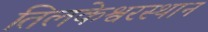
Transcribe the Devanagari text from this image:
तिलकेश्वरस्थान